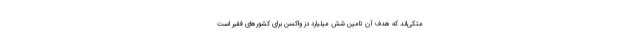
متکی‌اند که هدف آن تامین شش میلیارد دُز واکسن برای کشورهای فقیر است